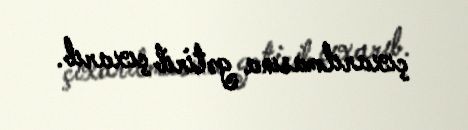
çıxarılmasına gətirib çıxarıb.